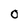
Character: 0